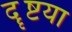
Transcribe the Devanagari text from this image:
दॄष्टया